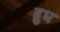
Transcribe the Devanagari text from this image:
हुघ